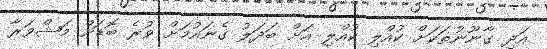
އަދި ގާނޫނުތަކަށް ކުއްލި ކުއްލި އަށް ބަދަލު ގެނައުމަށް ވުރެ ބޮޑަށް މަޝްވަރާ